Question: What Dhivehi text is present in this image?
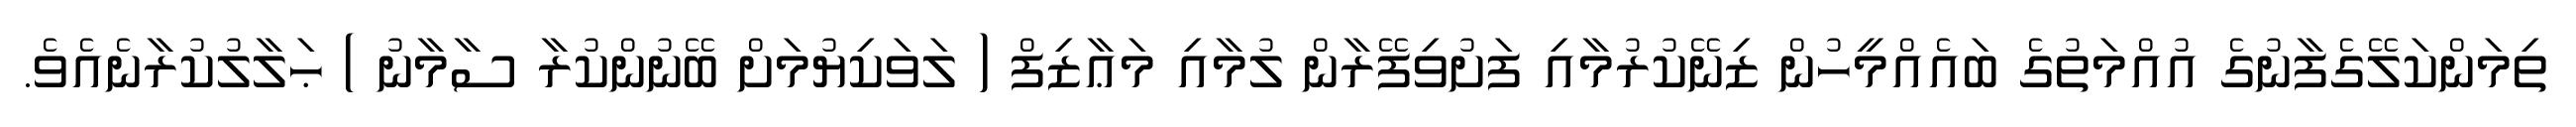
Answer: ތިމަންކަލޭގެފާނުގެ އުއްމަތުގެ ބައެއްމީހުން ޒިނޭކުރުމާއި ފަށުވިފޭރާން ލުމާއި މަޢާޒިފް ( ލަވަކިޔުމަށް ބޭނުންކުރާ ސާމާނު ) ޙަލާލުކުރާނެއެވެ.